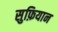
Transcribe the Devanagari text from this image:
सुफ़ियान